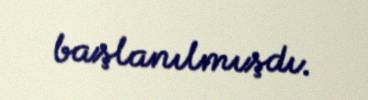
başlanılmışdı.